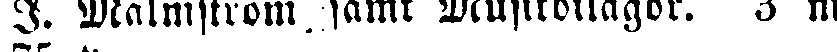
I. Malmström, samt Musikbilagor. 3 m.